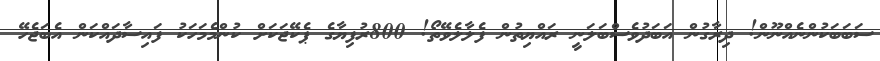
ސަބަބަކުންނެއްނޫން! ދިރާގުން އަބަދުވެސްބަލަނީ ރައްޔިތުން ފެލާލެވޭތޯ! 800ރުފިޔާގެ ޕެކޭޖަކަށް ކުންމެމަހަކު ފައިސާދައްކަން އެބަޖެހޭ